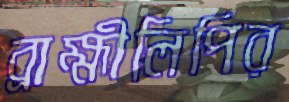
ব্রাহ্মীলিপির